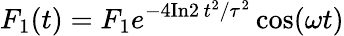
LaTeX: F_{1}(t)=F_{1}e^{-4\textnormal{In}2\, t^{2}/\tau^{2}}\cos(\omega t)